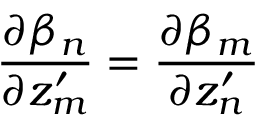
\frac { \partial \beta _ { n } } { \partial z _ { m } ^ { \prime } } = \frac { \partial \beta _ { m } } { \partial z _ { n } ^ { \prime } }